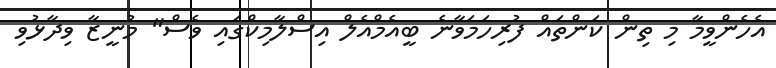
އެހެންވީމާ މި ތިން ކަންތައް ފުރިހަމަވާނެ ބީއެމްއެލް އިސްލާމިކްގައި ވެސް" މުނީޒާ ވިދާޅުވި